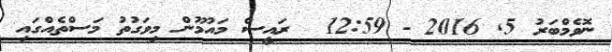
ނޮވެމްބަރު 5